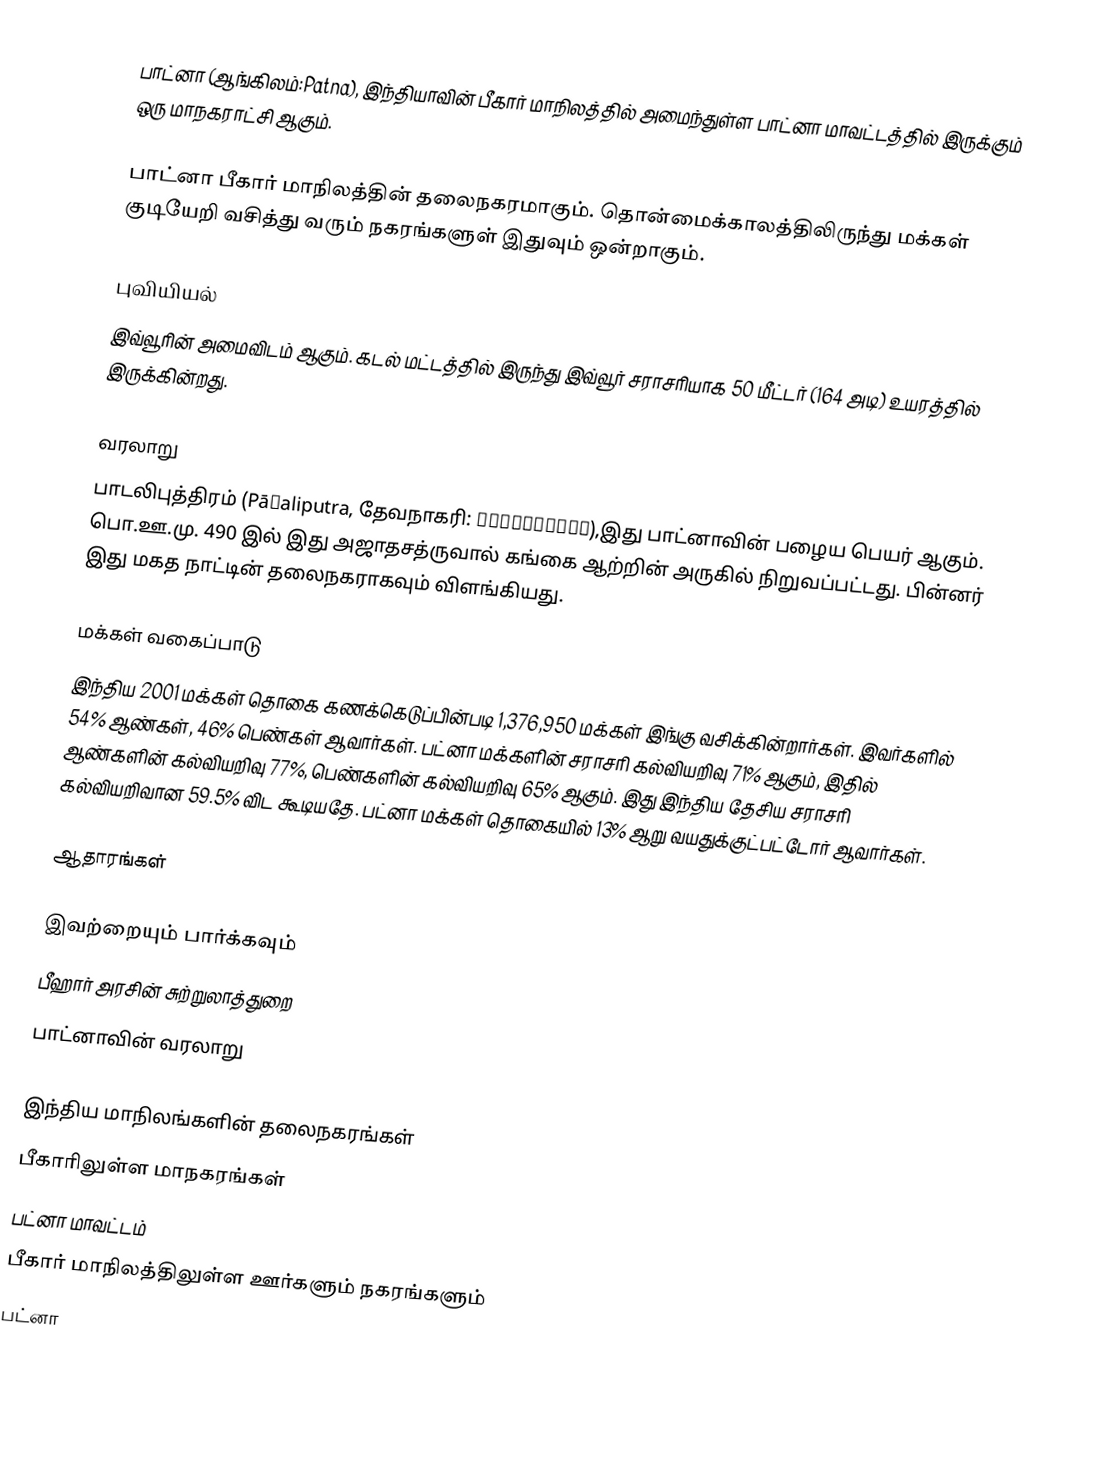
பாட்னா (ஆங்கிலம்:Patna), இந்தியாவின் பீகார் மாநிலத்தில் அமைந்துள்ள பாட்னா மாவட்டத்தில் இருக்கும் ஒரு மாநகராட்சி ஆகும்.

பாட்னா பீகார் மாநிலத்தின் தலைநகரமாகும். தொன்மைக்காலத்திலிருந்து மக்கள் குடியேறி வசித்து வரும் நகரங்களுள் இதுவும் ஒன்றாகும்.

புவியியல்
இவ்வூரின் அமைவிடம்  ஆகும். கடல் மட்டத்தில் இருந்து இவ்வூர் சராசரியாக 50 மீட்டர் (164 அடி) உயரத்தில் இருக்கின்றது.

வரலாறு
பாடலிபுத்திரம் (Pāṭaliputra, தேவநாகரி: पाटलिपुत्र),இது பாட்னாவின் பழைய பெயர் ஆகும். பொ.ஊ.மு. 490 இல் இது அஜாதசத்ருவால் கங்கை ஆற்றின் அருகில் நிறுவப்பட்டது. பின்னர் இது மகத நாட்டின் தலைநகராகவும் விளங்கியது.

மக்கள் வகைப்பாடு
இந்திய 2001 மக்கள் தொகை கணக்கெடுப்பின்படி 1,376,950 மக்கள் இங்கு வசிக்கின்றார்கள். இவர்களில் 54% ஆண்கள், 46% பெண்கள் ஆவார்கள். பட்னா மக்களின் சராசரி கல்வியறிவு 71% ஆகும், இதில் ஆண்களின் கல்வியறிவு 77%, பெண்களின் கல்வியறிவு 65% ஆகும். இது இந்திய தேசிய சராசரி கல்வியறிவான 59.5% விட கூடியதே. பட்னா மக்கள் தொகையில் 13% ஆறு வயதுக்குட்பட்டோர் ஆவார்கள்.

ஆதாரங்கள்

இவற்றையும் பார்க்கவும்
 பீஹார் அரசின் சுற்றுலாத்துறை
 பாட்னாவின் வரலாறு

இந்திய மாநிலங்களின் தலைநகரங்கள்
பீகாரிலுள்ள மாநகரங்கள்
பட்னா மாவட்டம்
பீகார் மாநிலத்திலுள்ள ஊர்களும் நகரங்களும்
பட்னா